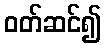
ဝတ်ဆင်၍